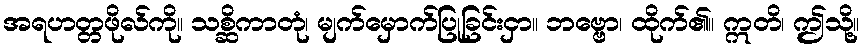
အရဟတ္တဖိုလ်ကို။ သစ္ဆိကာတုံ၊ မျက်မှောက်ပြုခြင်းငှာ။ ဘဗ္ဗော၊ ထိုက်၏။ ဣတိ၊ ဤသို့။